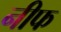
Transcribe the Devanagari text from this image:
नीफ